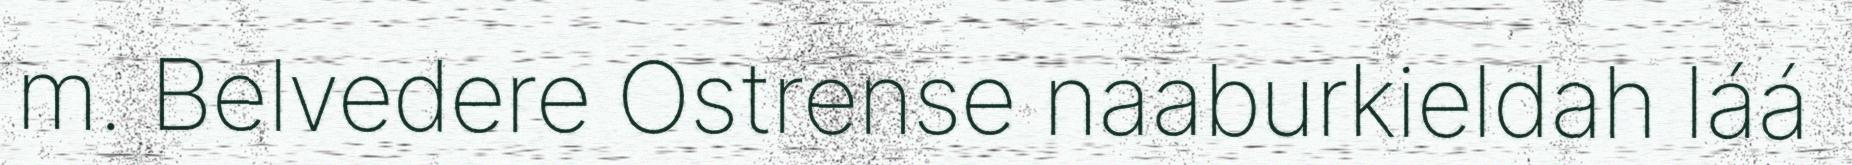
m. Belvedere Ostrense naaburkieldah láá